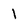
Character: 1